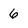
Character: 6